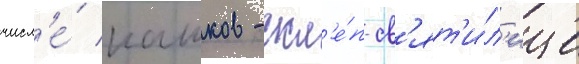
числ'е́ кашков - скл'е́п-св'ят'и́л'ище